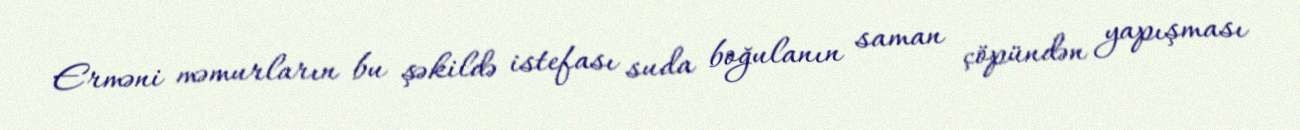
Erməni məmurların bu şəkildə istefası suda boğulanın saman çöpündən yapışması